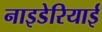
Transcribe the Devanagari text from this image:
नाइडेरियाई